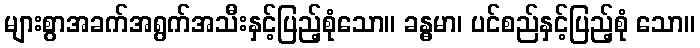
များစွာအခက်အရွက်အသီးနှင့်ပြည့်စုံသော။ ခန္ဓမာ၊ ပင်စည်နှင့်ပြည့်စုံ သော။